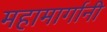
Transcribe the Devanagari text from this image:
महामार्गानी